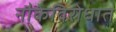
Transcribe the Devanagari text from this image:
नौकेविरोधात